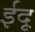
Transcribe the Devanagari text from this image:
ईदू